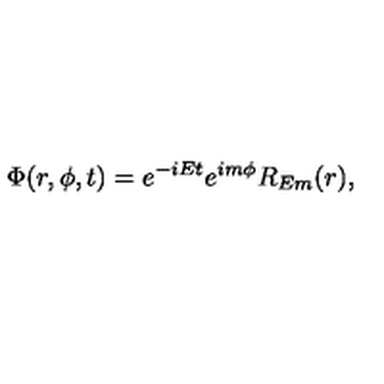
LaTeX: \Phi ( r , \phi , t ) = e ^ { - i E t } e ^ { i m \phi } R _ { E m } ( r ) ,